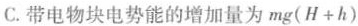
C.带电物块电势能的增加量为mg(H+h)